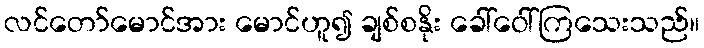
လင်တော်မောင်အား မောင်ဟူ၍ ချစ်စနိုး ခေါ်ဝေါ်ကြသေးသည်။